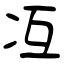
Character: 冱